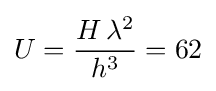
U={\frac {H\,\lambda ^{2}}{h^{3}}}=62